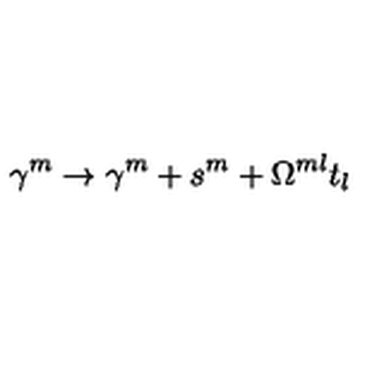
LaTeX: \gamma ^ { m } \to \gamma ^ { m } + s ^ { m } + \Omega ^ { m l } t _ { l }